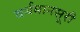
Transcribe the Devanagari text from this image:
वर्धमानसूरी